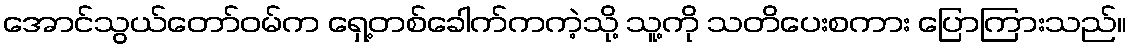
အောင်သွယ်တော်ဝမ်က ရှေ့တစ်ခေါက်ကကဲ့သို့ သူ့ကို သတိပေးစကား ပြောကြားသည်။